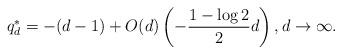
LaTeX: \begin{align*}q_d^* = -(d-1) + O(d)\left(-\frac{1-\log 2}{2}d\right), d \to \infty.\end{align*}